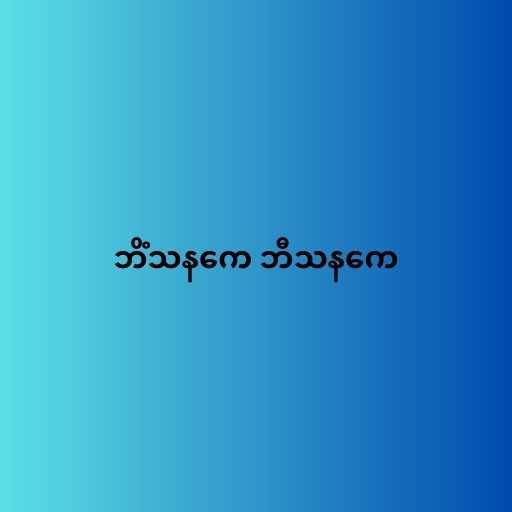
ဘိံသနကေ ဘီသနကေ